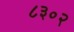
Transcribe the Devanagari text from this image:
८३०२